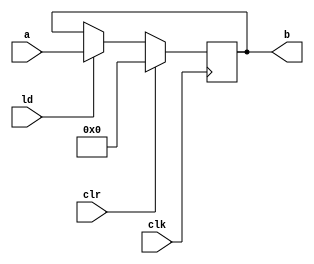
`timescale 1ns / 1ps
//////////////////////////////////////////////////////////////////////////////////
// Company: 
// Engineer: 
// 
// Design Name: 
// Module Name:    dp_reg 
// Project Name: 
// Target Devices: 
// Tool versions: 
// Description: 
//
// Dependencies: 
//
// Revision: 
// Revision 0.01 - File Created
// Additional Comments: 
//
//////////////////////////////////////////////////////////////////////////////////
module dp_reg(a,b,clk,clr,ld);

input[7:0] a;
input clr, ld, clk;
output reg [7:0] b;

always@(posedge clk) begin
	if (clr == 1)
		b <= 0;
	else if (ld == 1)
		b <= a;
end

endmodule